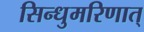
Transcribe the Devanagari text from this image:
सिन्धुमरिणात्